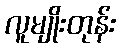
လူမျိုးတုန်း